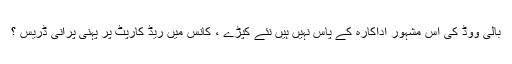
بالی ووڈ کی اس مشہور اداکارہ کے پاس نہیں ہیں نئے کپڑے ، کانس میں ریڈ کارپٹ پر پہنی پرانی ڈریس ؟